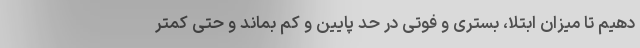
دهیم تا میزان ابتلا، بستری و فوتی در حد پایین و کم بماند و حتی کمتر